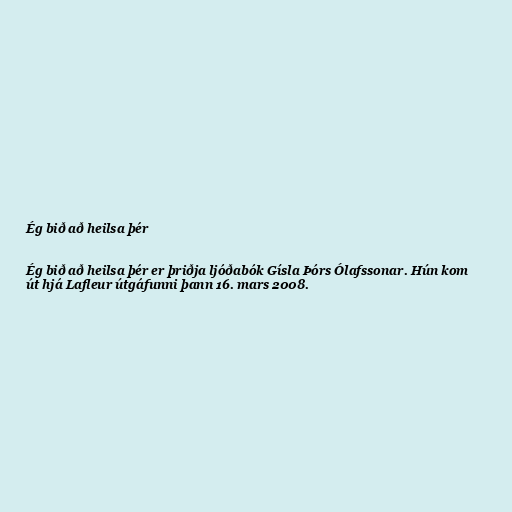
Ég bið að heilsa þér

Ég bið að heilsa þér er þriðja ljóðabók Gísla Þórs Ólafssonar. Hún kom
út hjá Lafleur útgáfunni þann 16. mars 2008.